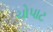
ચોપાટ